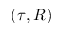
( \tau , R )